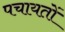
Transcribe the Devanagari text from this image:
पचायतों